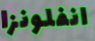
انفلونزا